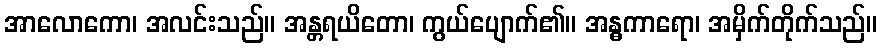
အာလောကော၊ အလင်းသည်။ အန္တရယိတော၊ ကွယ်ပျောက်၏။ အန္ဓကာရော၊ အမှိက်တိုက်သည်။